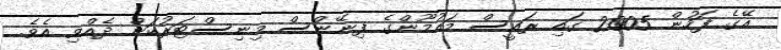
އޭގެ ފަހުން 2005 ގައި ރައީސް މައުމޫންގެ ފިނޭންސް މިނިސްޓަރުކަން ދެއްވި އެވެ.